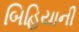
બિહિયાની